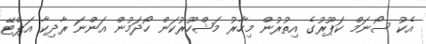
އެކު ސޯނަމް ކަޕޫރުގެ އިތުރުން މިހާރު މަޝްހޫރުކަން ހޯދަމުން އަންނަ ރާދިކާ އަޕްޓޭ